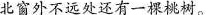
北窗外不远处还有一棵桃树。